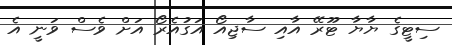
ސިޓީގެ ޔާޔާ ޓޫރޭ އާއި ސާޖިއޯ އަގުއެރޯ އަށް ވެސް ވަނީ އެ